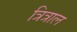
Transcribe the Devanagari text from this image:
त्रित्राल